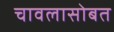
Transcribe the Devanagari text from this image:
चावलासोबत